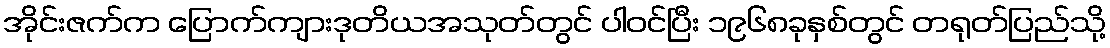
အိုင်းဇက်က ပြောက်ကျားဒုတိယအသုတ်တွင် ပါဝင်ပြီး ၁၉၆၈ခုနှစ်တွင် တရုတ်ပြည်သို့